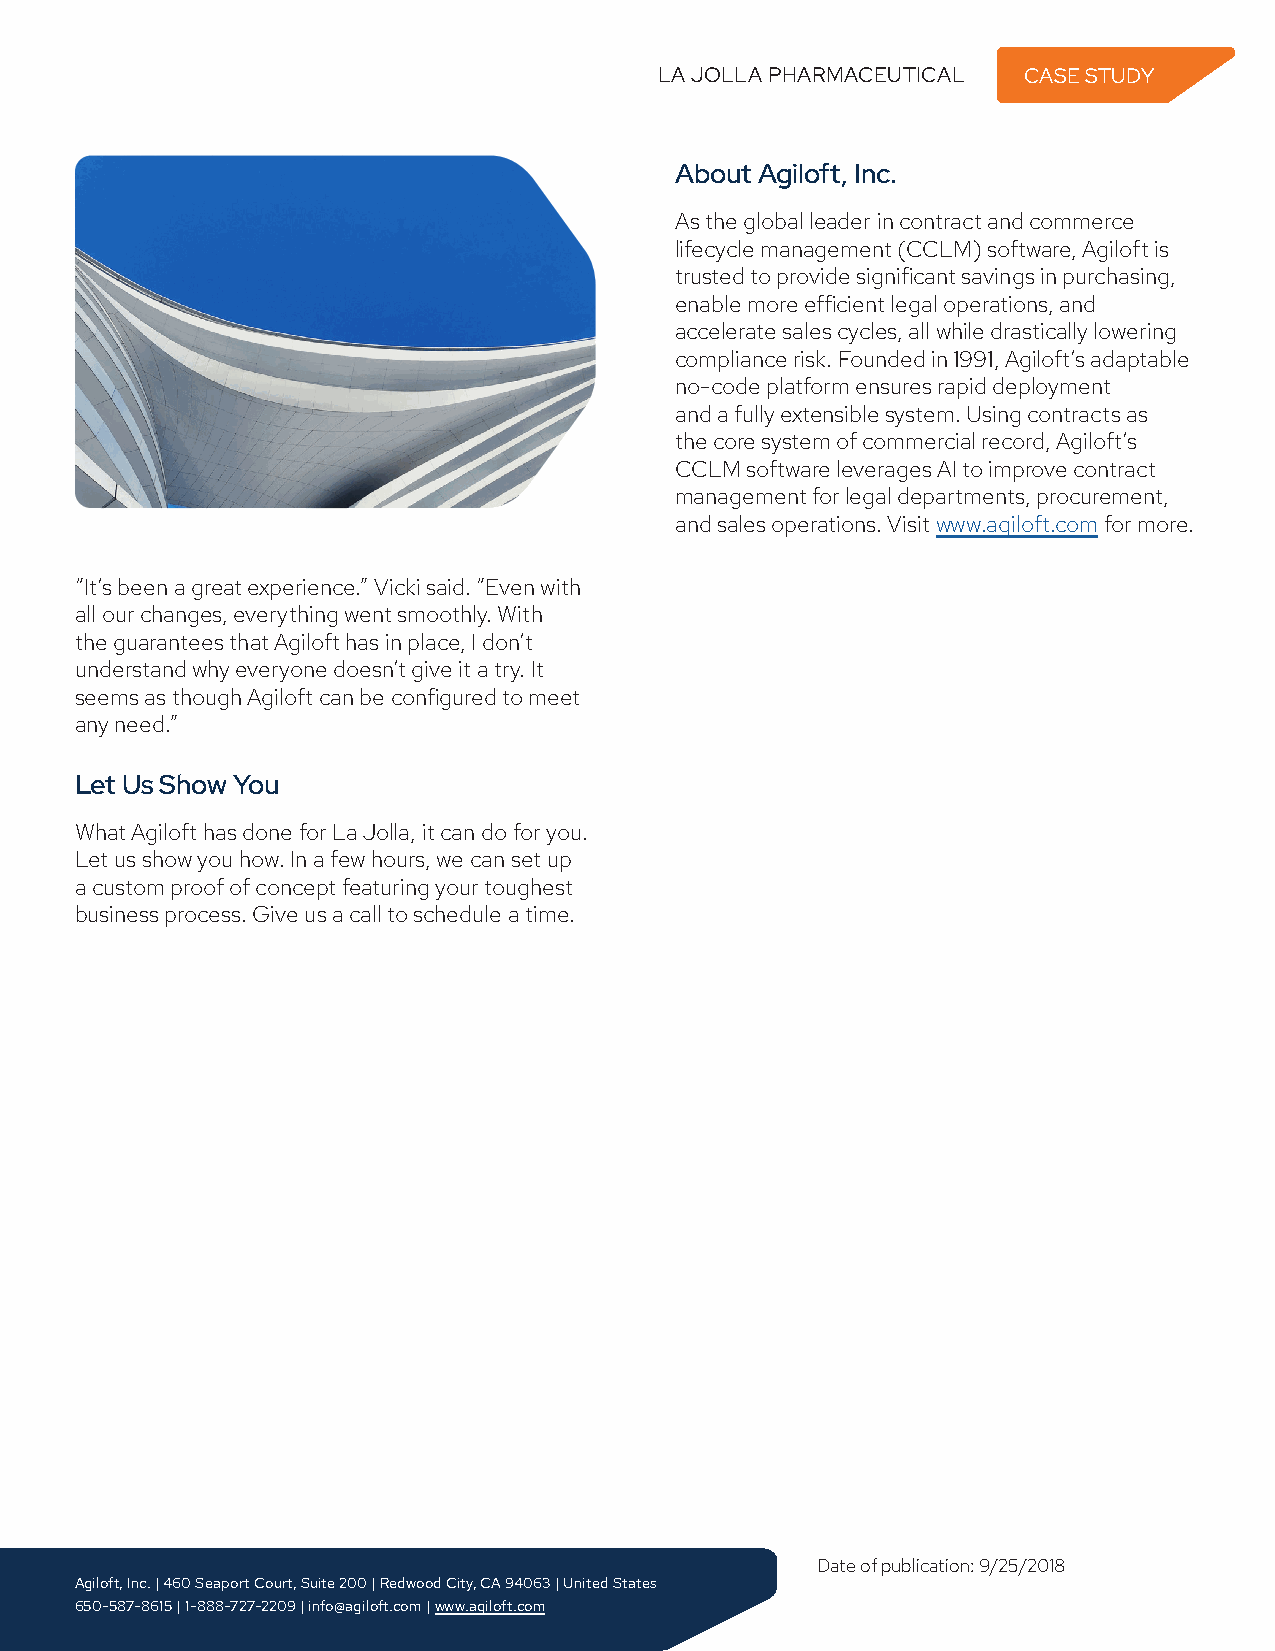
LA JOLLA PHARMACEUTICAL CASE STUDY
 About Agiloft, Inc.
 As the global leader in contract and commerce
 lifecycle management (CCLM) software, Agiloft is
 trusted to provide significant savings in purchasing,
 enable more efficient legal operations, and
 accelerate sales cycles, all while drastically lowering
 compliance risk. Founded in 1991, Agiloft’s adaptable
 no-code platform ensures rapid deployment
 and a fully extensible system. Using contracts as
 the core system of commercial record, Agiloft’s
 CCLM software leverages AI to improve contract
 management for legal departments, procurement,
 and sales operations. Visit www.agiloft.com for more.
 “It’s been a great experience.” Vicki said. “Even with
 all our changes, everything went smoothly. With
 the guarantees that Agiloft has in place, I don’t
 understand why everyone doesn’t give it a try. It
 seems as though Agiloft can be configured to meet
 any need.”
 Let Us Show You
 What Agiloft has done for La Jolla, it can do for you.
 Let us show you how. In a few hours, we can set up
 a custom proof of concept featuring your toughest
 business process. Give us a call to schedule a time.
 Date of publication: 9/25/2018
 Agiloft, Inc. | 460 Seaport Court, Suite 200 | Redwood City, CA 94063 | United States
 650-587-8615 | 1-888-727-2209 | info@agiloft.com | www.agiloft.com